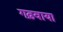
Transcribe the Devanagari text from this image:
गढ़वाया